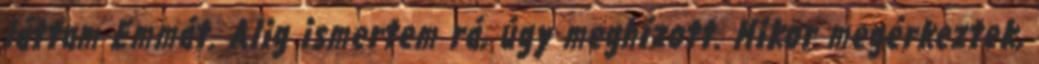
láttam Emmát. Alig ismertem rá, úgy meghízott. Mikor megérkeztek,